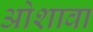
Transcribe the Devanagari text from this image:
ओशावा